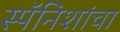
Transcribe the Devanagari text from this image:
स्पॅनिशांचा